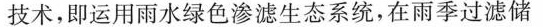
技术，即运用雨水绿色渗滤生态系统，在雨季过滤储